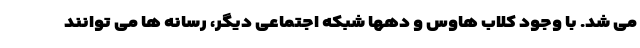
می شد. با وجود کلاب هاوس و دهها شبکه اجتماعی دیگر، رسانه ها می توانند